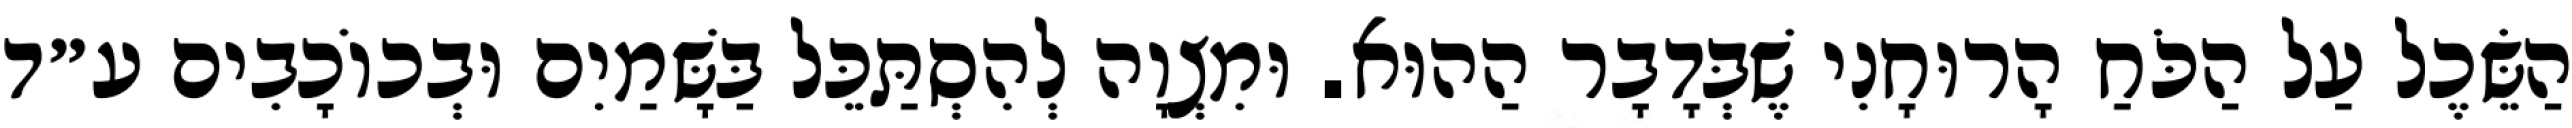
הַשֵּׂכֶל עַל הַכֹּחַ הָרוּחָנִי שֶׁבְּדָבָר הַהוּא. וּמִצְוָה לְהִסְתַּכֵּל בַּשָּׁמַיִם וּבְכוֹכָבִים ע״ד